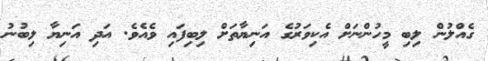
ގެއްލުން ލިބި މީހުންނަށް އެކިވަރުގެ އަނިޔާތަށް ލިބިފައި ވެއެވެ. އަދި އަނިޔާ ލިބުނު